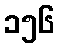
၁၅၆